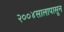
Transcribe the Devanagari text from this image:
२००४सालापासून